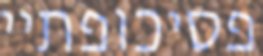
פסיכופתיי